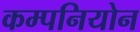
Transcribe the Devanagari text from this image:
कम्पनियोन